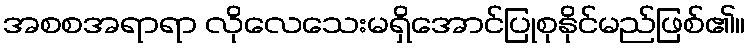
အစစအရာရာ လိုလေသေးမရှိအောင်ပြုစုနိုင်မည်ဖြစ်၏။